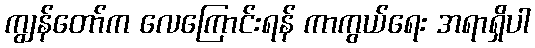
ကျွန်တော်က လေကြောင်းရန် ကာကွယ်ရေး အရာရှိပါ